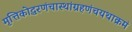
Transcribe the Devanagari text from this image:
मृत्तिकोद्धरणंचास्थांग्रहणंचयथाक्रमं